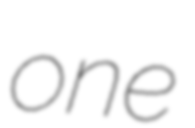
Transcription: one